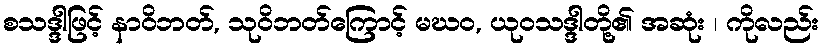
စသဒ္ဒါဖြင့် နာဝိဘတ်, သုဝိဘတ်ကြောင့် မဃဝ, ယုဝသဒ္ဒါတို့၏ အဆုံး ၊ ကိုလည်း